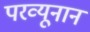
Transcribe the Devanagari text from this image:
परव्यूनान